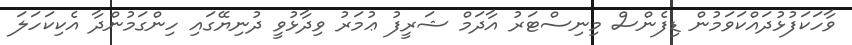
ވާހަކަފުޅުދައްކަވަމުން ޑިފެންސް މިނިސްޓަރު އާދަމް ޝަރީފު ޢުމަރު ވިދާޅުވީ ދުނިޔޭގައި ހިންގަމުންދާ އެކިކަހަލަ